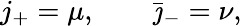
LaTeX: j_{+}=\mu,\qquad\bar{\jmath}_{-}=\nu,